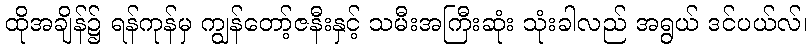
ထိုအချိန်၌ ရန်ကုန်မှ ကျွန်တော့်ဇနီးနှင့် သမီးအကြီးဆုံး သုံးခါလည် အရွယ် ဒင်ပယ်လ်၊